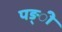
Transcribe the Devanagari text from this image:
पङ्ी